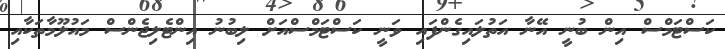
ކަސްޓަމްސް އިން ބުނީ އޭނާ އަތުލައިގެންފައި ވަނީ ކަސްޓަމްސްއަށް ލިބުނު އިންޓެލިޖެންސް މައުލޫމާތަކާއި